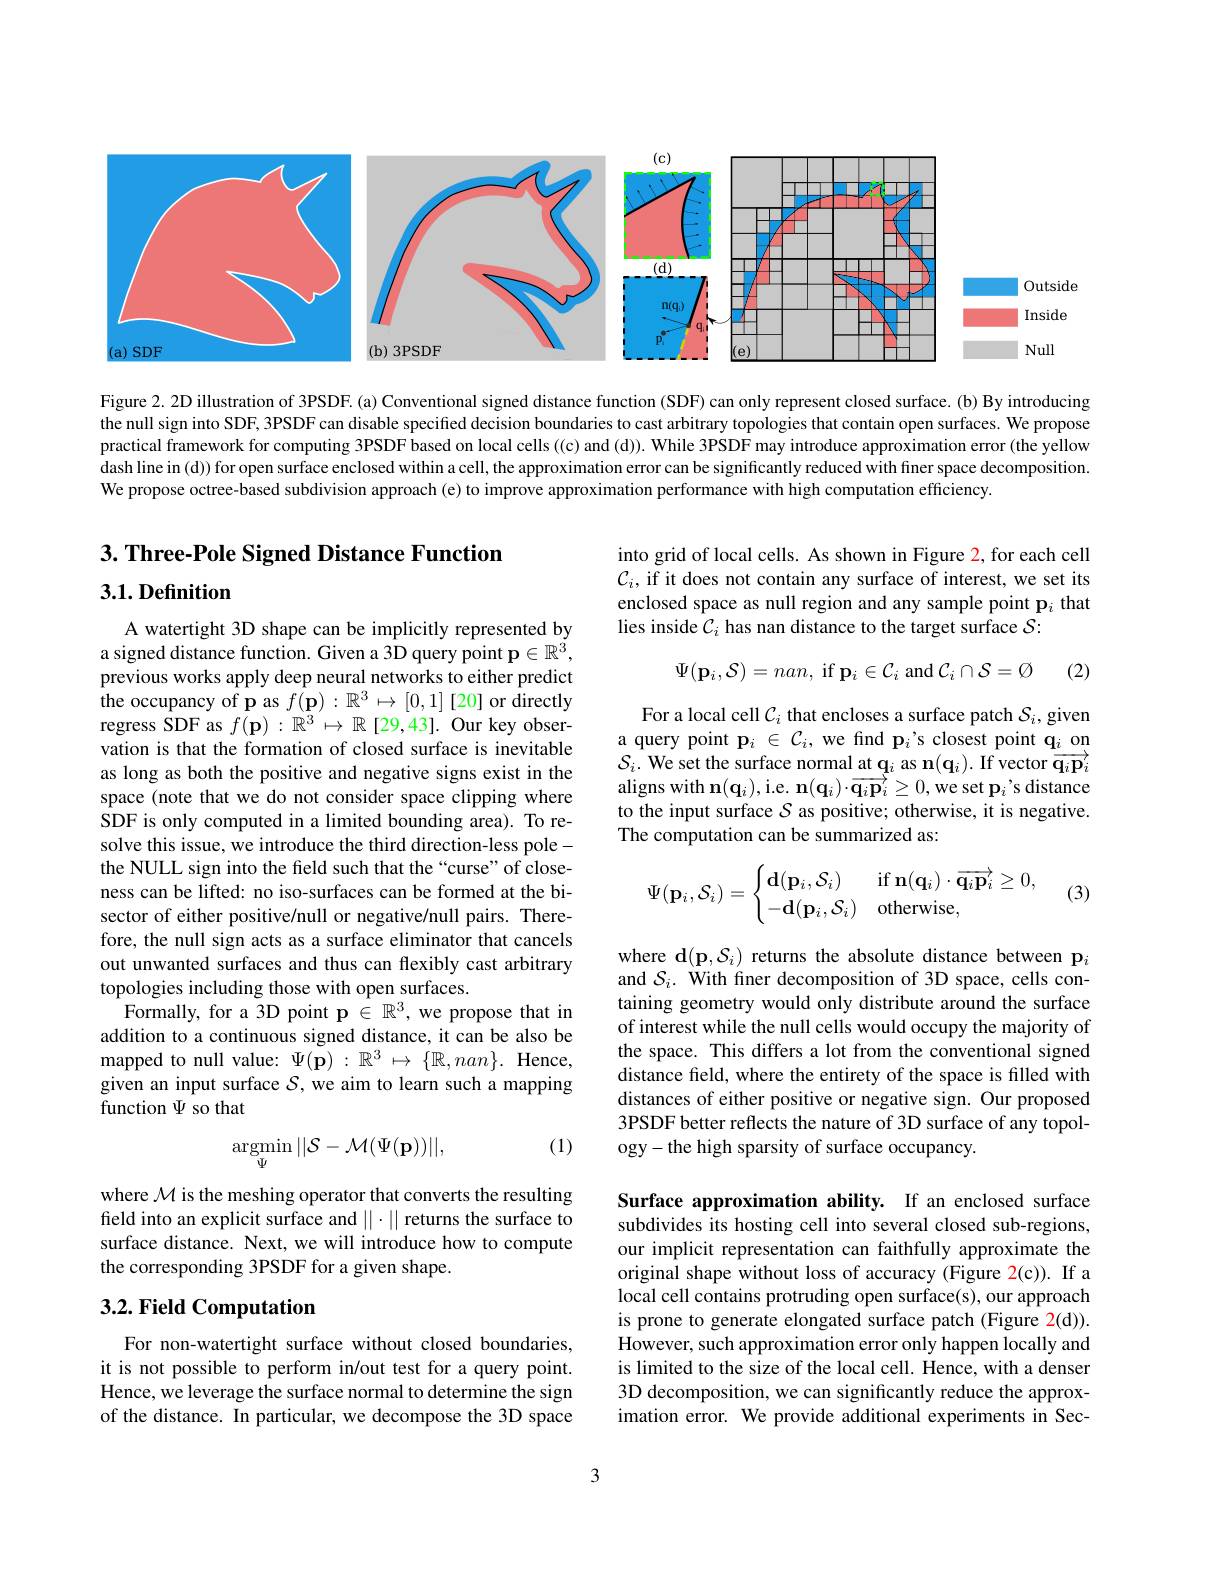
<FigureHere>

Figure 2. 2D illustration of 3PSDF. (a) Conventional signed distance function (SDF) can only represent closed surface. (b) By introducing the null sign into SDF, 3PSDF can disable specified decision boundaries to cast arbitrary topologies that contain open surfaces. We propose practical framework for computing 3PSDF based on local cells ((c) and (d)). While 3PSDF may introduce approximation error (the yellow dash line in (d)) for open surface enclosed within a cell, the approximation error can be significantly reduced with finer space decomposition. We propose octree-based subdivision approach (e) to improve approximation performance with high computation efficiency.

3. Three-Pole Signed Distance Function

into grid of local cells. As shown in Figure 2, for each cell $\mathcal{C} _i$,if it does not contain any surface of interest, we set its enclosed space as null region and any sample point $\mathbf{p}_i$ that lies inside $\mathcal{C}_i$ has nan distance to the target surface $\mathcal{S}:$

3.1. Definition
$$\Psi(\mathbf{p}_i,\mathcal{S})=nan,\:\mathrm{if}\:\mathbf{p}_i\in\mathcal{C}_i\:\mathrm{and}\:\mathcal{C}_i\cap\mathcal{S}=\emptyset $$
(2)

For a local cell $C_i$ that encloses a surface patch $S_i$,given a query point $\mathbf{p}_i\in\mathcal{C}_i$, we find p$_i$'s closest point $\mathbf{q}_i$ on $\mathcal{S}_{i}.$ We set the surface normal at $\mathbf{q}_{i}$ as n$(\mathbf{q}_{i}).$ If vector $\overline{\mathbf{q}}_{i}\mathbf{p}_{i}$ aligns with $\mathbf{n}(\mathbf{q}_{i})$,i.e. $\mathbf{n}(\mathbf{q}_{i})\cdot\mathbf{q}_{i}\mathbf{p}_{i}\geq0$,we set $\mathbf{p}_{i}’$s distance to the input surface $S$ as positive; otherwise, it is negative. The computation can be summarized as:

A watertight 3D shape can be implicitly represented by a signed distance function. Given a 3D query point $\mathbf{p}\in\mathbb{R}^3$, previous works apply deep neural networks to either predict $\hat{\text{the occupancy of p as }f(\mathbf{p})}:\mathbb{R}^{3}\mapsto[0,1][20]$ or directly regress SDF as $f(\mathbf{p}):\mathbb{R}^3\mapsto\mathbb{R}$ [29,43]. Our key observation is that the formation of closed surface is inevitable as long as both the positive and negative signs exist in the space (note that we do not consider space clipping where SDF is only computed in a limited bounding area). To resolve this issue, we introduce the third direction-less polethe NULL sign into the field such that the “curse” of closeness can be lifted: no iso-surfaces can be formed at the bisector of either positive/null or negative/null pairs. Therefore, the null sign acts as a surface eliminator that cancels out unwanted surfaces and thus can flexibly cast arbitrary topologies including those with open surfaces.
Formally, for a 3D point p $\in\mathbb{R}^3$, we propose that in addition to a continuous signed distance, it can be also be mapped to null value: $\Psi(\mathbf{p}):\mathbb{R}^3\mapsto\{\mathbb{R},nan\}.$ Hence, given an input surface $S$,we aim to learn such a mapping function $\Psi$ so that
$$\Psi(\mathbf{p}_i,\mathcal{S}_i)=\begin{cases}\mathbf{d}(\mathbf{p}_i,\mathcal{S}_i)&\text{if}\mathbf{n}(\mathbf{q}_i)\cdot\overrightarrow{\mathbf{q}_i\mathbf{p}_i}\geq0,\\-\mathbf{d}(\mathbf{p}_i,\mathcal{S}_i)&\text{otherwise},\end{cases}$$
(3)

where d$(\mathbf{p},\mathcal{S}_i)$ returns the absolute distance between p$_i$ and $\mathcal{S} _i. \textbf{ With finer decomposition of 3D space, cells con- }$ taining geometry would only distribute around the surface of interest while the null cells would occupy the majority of the space. This differs a lot from the conventional signed distance feld, where the entirety of the space is filled with distances of either positive or negative sign. Our proposed 3PSDF better reflects the nature of 3D surface of any topology-the high sparsity of surface occupancy.

(1)
$$\mathop{\mathrm{argmin}}\limits_{\Psi}||\mathcal{S}-\mathcal{M}(\Psi(\mathbf{p}))||,$$
where $\mathcal{M}$ is the meshing operator that converts the resulting field into an explicit surface and $||\cdot||$ returns the surface to surface distance. Next, we will introduce how to compute the corresponding 3PSDF for a given shape.

## 3.2. Field Computation

Surface approximation ability. If an enclosed surface subdivides its hosting cell into several closed sub-regions, our implicit representation can faithfully approximate the original shape without loss of accuracy (Figure 2(c)). If a local cell contains protruding open surface(s), our approach is prone to generate elongated surface patch (Figure 2(d)). However, such approximation error only happen locally and is limited to the size of the local cell. Hence, with a denser 3D decomposition, we can significantly reduce the approximation error. We provide additional experiments in Sec-

For non-watertight surface without closed boundaries, it is not possible to perform in/out test for a query point. Hence, we leverage the surface normal to determine the sign of the distance. In particular, we decompose the 3D space

3